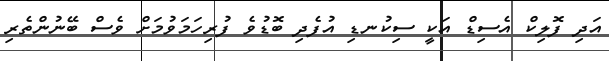
އަދި ފޮލިކް އެސިޑް އަކީ ސިކުނޑި އުފެދި ބޮޑުވެ ފުރިހަމަވުމަށް ވެސް ބޭނުންތެރި